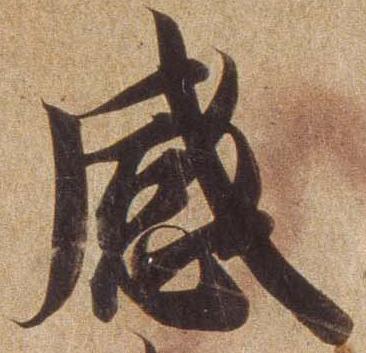
感